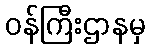
ဝန်ကြီးဌာနမှ